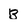
Character: B